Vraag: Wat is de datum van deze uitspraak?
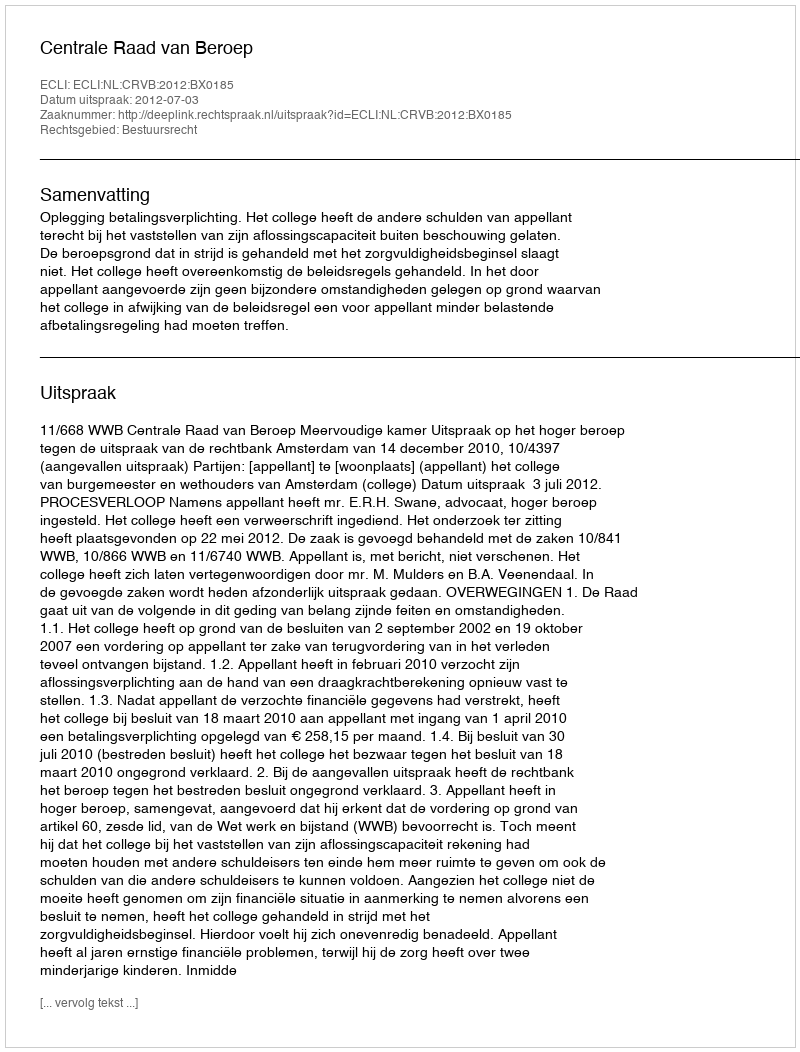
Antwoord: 2012-07-03